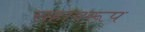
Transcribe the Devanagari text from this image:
सहायरूप